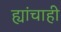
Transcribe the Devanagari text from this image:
ह्यांचाही